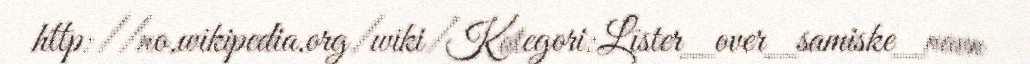
http://no.wikipedia.org/wiki/Kategori:Lister_over_samiske_navn